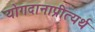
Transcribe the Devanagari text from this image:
योगदानाप्रीत्यर्थ